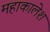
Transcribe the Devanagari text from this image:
महाकालेश